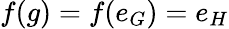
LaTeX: f(g)=f(e_{G})=e_{H}